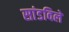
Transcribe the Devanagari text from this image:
सांडविले